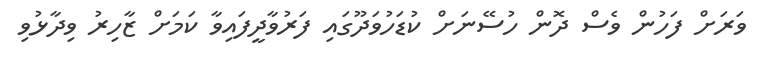
ވަރަށް ފަހުން ވެސް ދޮން ހުސޭނަށް ކުޑަހުވަދޫގައި ފަރުވާދީފައިވާ ކަމަށް ޒާހިރު ވިދާޅުވި